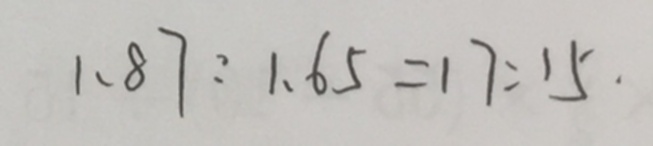
1 . 8 7 : 1 . 6 5 = 1 7 : 1 5 \cdot